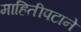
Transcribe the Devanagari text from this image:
माहितीपटाने